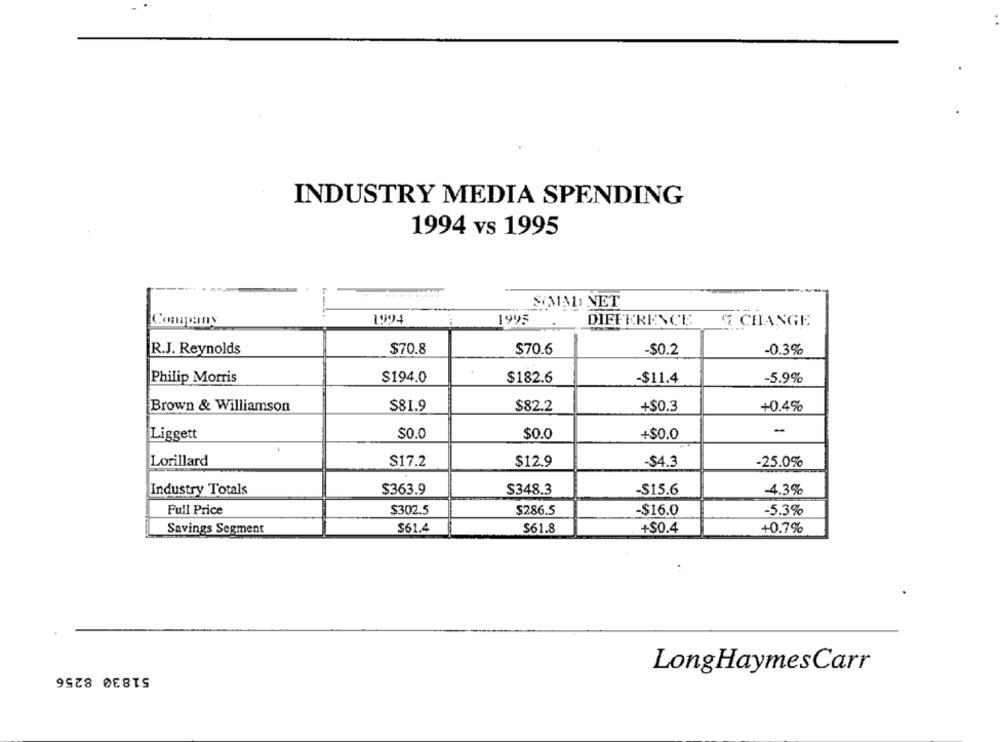
INDUSTRY MEDIA SPENDING
1994 vs 1995
---.....
SIMAL NET
Conpany
1994
DIFFERENCE
1995
& CHANGE
$70.8
R.J. Reynolds
$70.6
-$0.2
-0.3%
Philip Morris
$194.0
$182.6
-$11.4
-5.9%
Brown & Williamson
S81.9
$82.2
+$0.3
+0.4%
-
Liggett
$0.0
$0.0
+$0.0
Lorillard
S17.2
$12.9
-$4.3
-25.0%
$363.9
-4.3%
Industry Totals
$348.3
-$15.6
Full Price
$302.5
$286.5
$16.0
-5.3%
Savings Segment
$61.4
$61.8
+$0.4
+0.7%
51830 8256
LongHaymesCarr